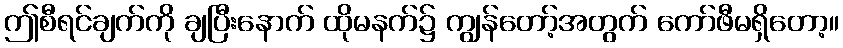
ဤစီရင်ချက်ကို ချပြီးနောက် ထိုမနက်၌ ကျွန်တော့်အတွက် ကော်ဖီမရှိတော့။